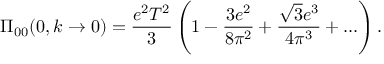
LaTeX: \Pi _ { 0 0 } ( 0 , k \to 0 ) = { \frac { e ^ { 2 } T ^ { 2 } } { 3 } } \left( 1 - { \frac { 3 e ^ { 2 } } { 8 \pi ^ { 2 } } } + { \frac { \sqrt 3 e ^ { 3 } } { 4 \pi ^ { 3 } } } + \ldots \right) .